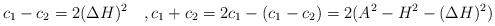
LaTeX: \begin{align*}c_1-c_2 = 2(\Delta H)^2 \quad,c_1+c_2= 2c_1-(c_1-c_2)= 2(A^2-H^2-(\Delta H)^2) \end{align*}